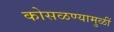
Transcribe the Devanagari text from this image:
कोसळण्यामुळीं